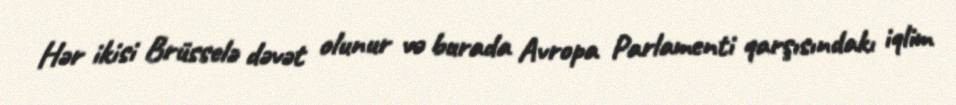
Hər ikisi Brüsselə dəvət olunur və burada Avropa Parlamenti qarşısındakı iqlim